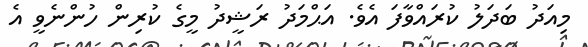
މިއަދު ބަދަލު ކުރައްވާފަ އެވެ. އަޙްމަދު ރަޝީދު މީގެ ކުރިން ހުންނެވީ އެ